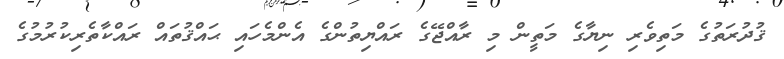
ޤުދުރަތުގެ މަތިވެރި ނިޔާގެ މަތީން މި ރާއްޖޭގެ ރައްޔިތުންގެ އެންމެހައި ޙައްޤުތައް ރައްކާތެރިކުރުމުގެ